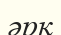
әрқ